Vastemoisa_vallakohus, lk 9
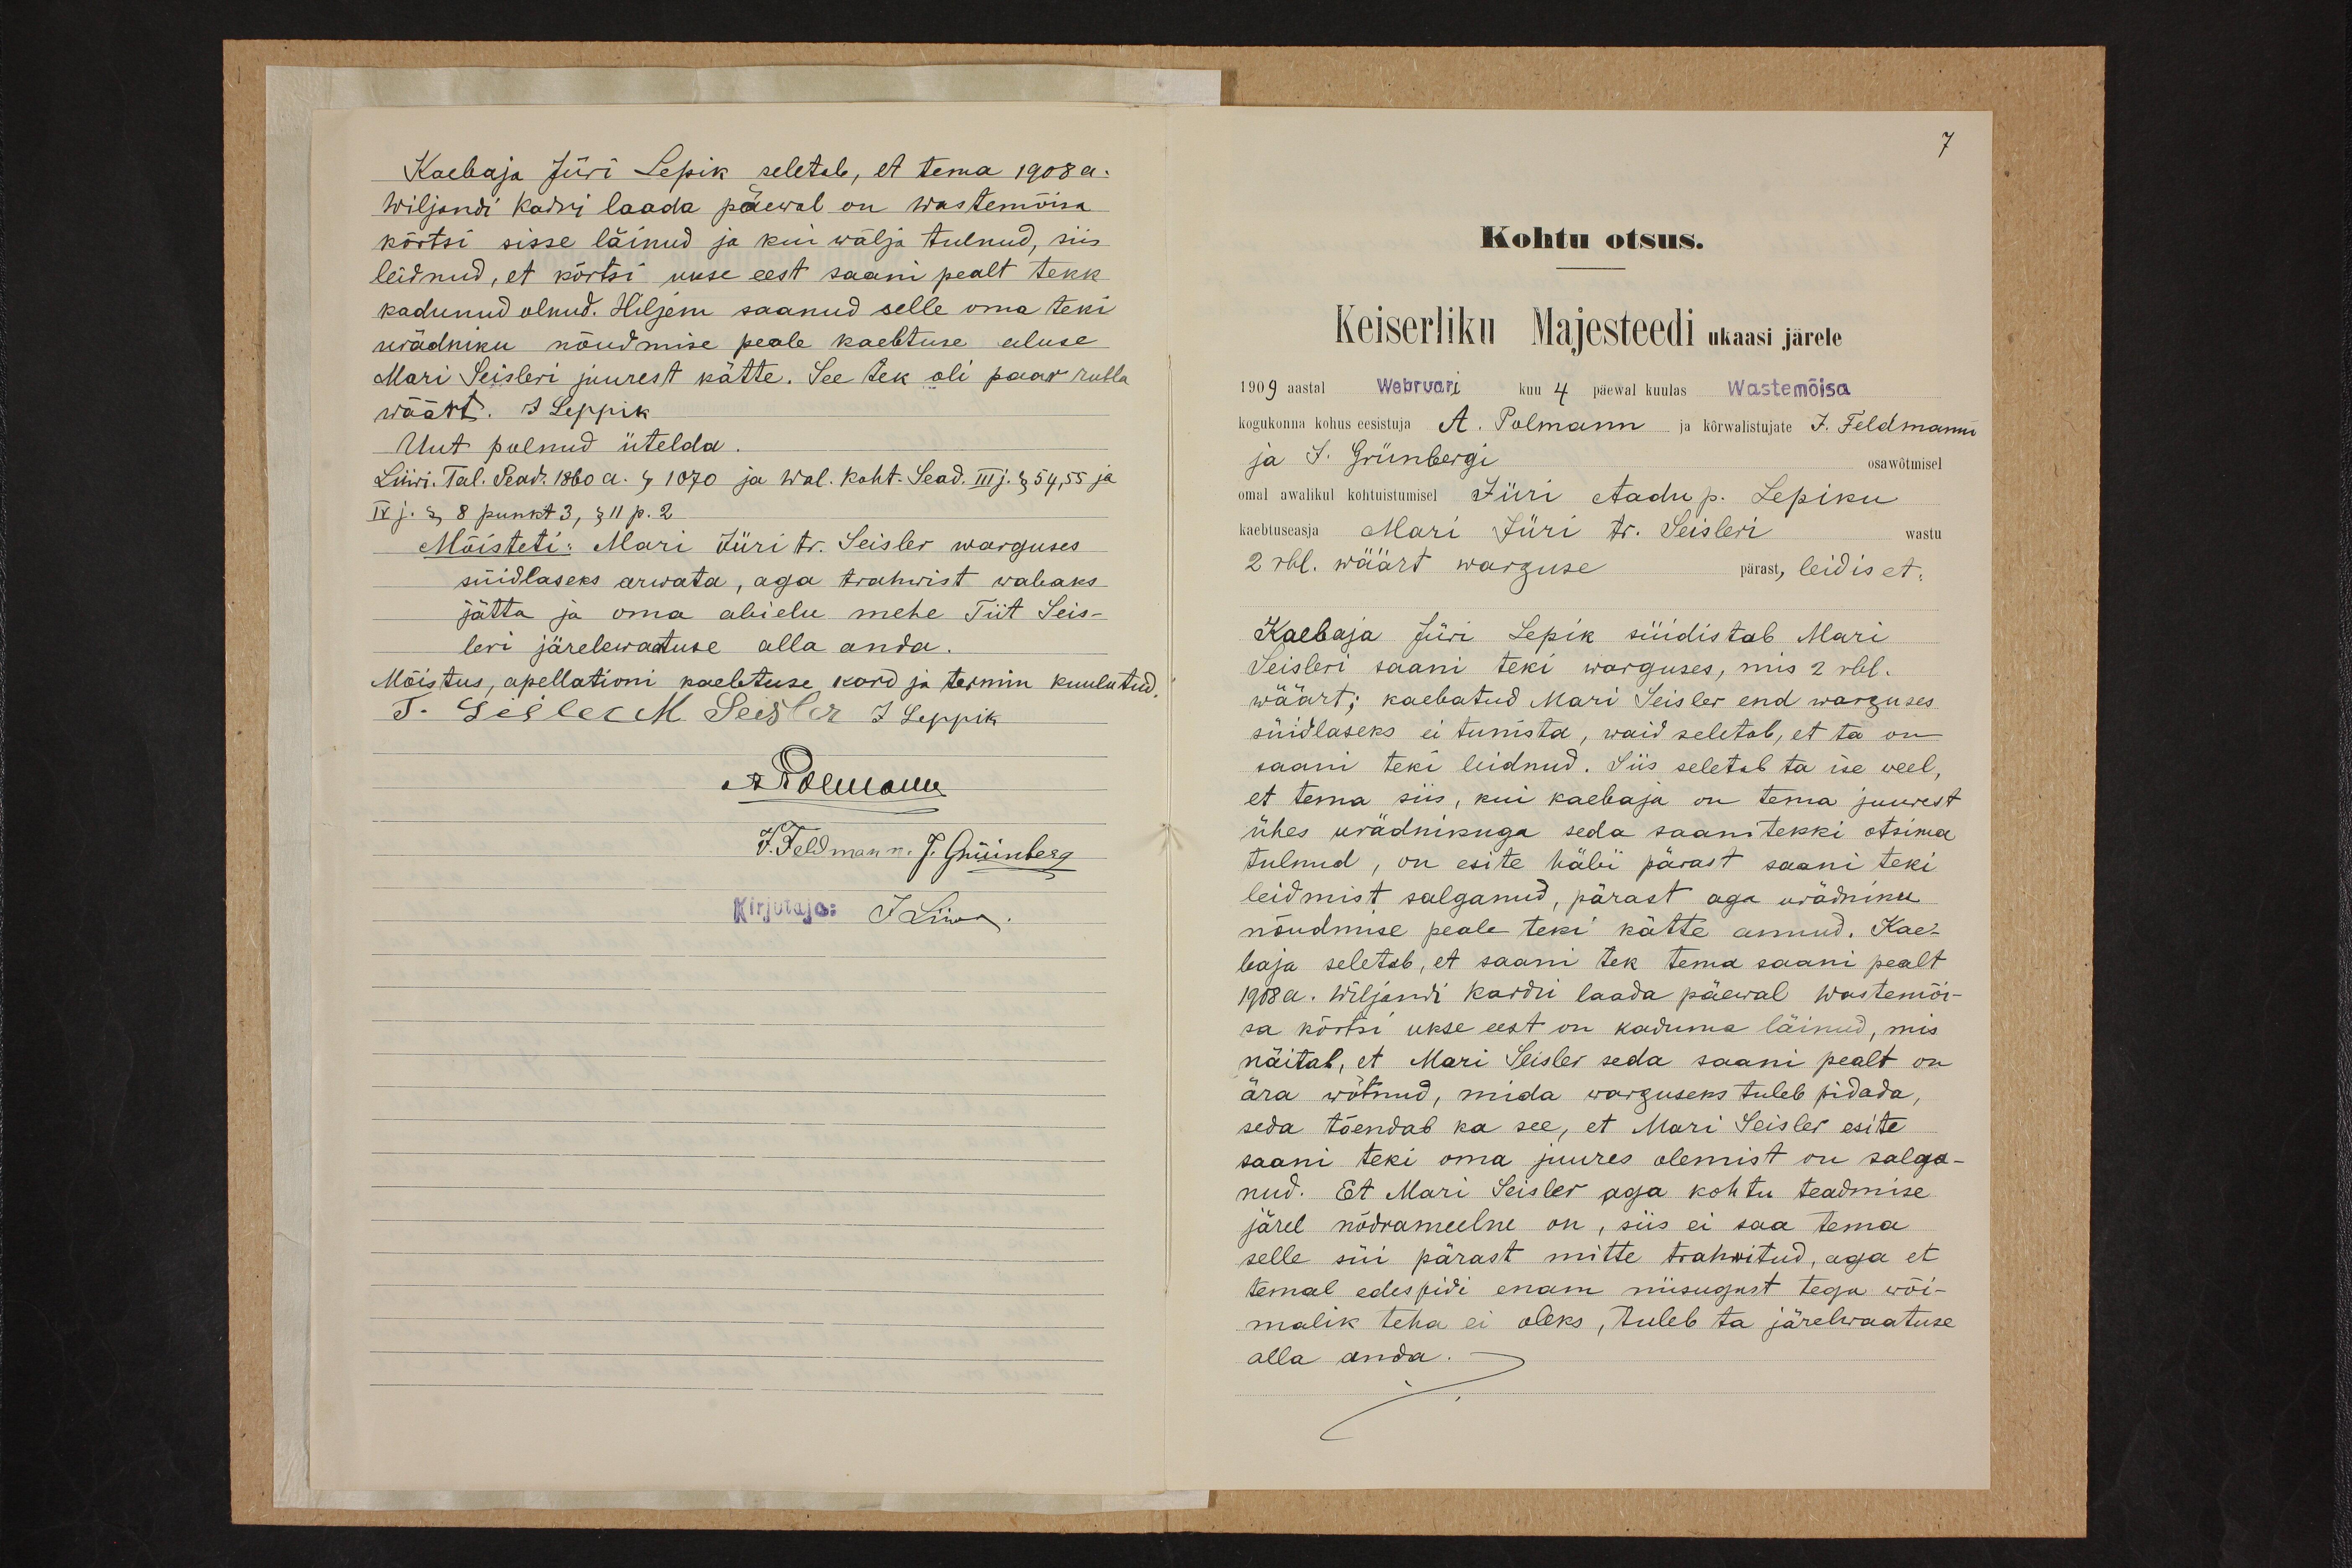
Kaebaja Jüri Lepik seletab, et tema 1908 a.
wiljandi Kadri laada päewal on Wastemõisa
kõrtsi sisse läinud ja kui wälja tulnud, siis
leidnud, et kõrtsi ukse eest saani pealt tekk
kadunud olnud. Hiljem saanud selle oma teki
urädniku nõudmise peale kaebtuse aluse
Mari Seisleri juurest kätte. See tek oli paar rubla
wäärt. J Leppik.
Uut polnud ütelda
Liiwi. Tal. Pead. 1860 a. §. 1070. ja Wal. Koht. Sead. IIIj. § 54, 55 ja
IV j. §. 8 punkt 3, § 11 p. 2
Mõisteti: Mari Jüri tr. Seisler warguses
süidlaseks arwata, aga trahwist wabaks
jätta ja oma abielu mehe Tiit Seis-
leri järelewaatuse alla anda.
Mõistus, apellationi kaebtuse kord ja termin kuulutud.
T Seisler M Seister J Leppik
APolmann
J. Feldmann J. Grüinberg
Kirjutaja: J Liiw.

7
Kohtu otsus.
Keiserliku Majesteedi ukaasi järele
1908 aastal Webruari kuu 4 päewal kuulas Wastemõisa
kogukonna kohus eesistuja A. Polmann ja kõrwalistujate J. Feldmanni
ja J. Grünbergi
osawõtmisel
omal awalikul kohtuistumisel Jüri Aadu p. Lepiku
kaebtuseasja Mari Jüri tr. Seisleri
wastu
2 rbl. wäärt warguse
pärast, leidis et:
Kaebaja Jüri Lepik süidistab Mari
Seisleri saani teki warguses, mis 2 rbl.
wäärt; kaebatud Mari Seisler end warguses
süidlaseks ei tunista, waid seletab, et ta on
saani teki leidnud. Siis seletab ta ise veel,
et tema siis, kui kaebaja on tema juurest
ühes urädnikuga seda saanitekki otsima
tulnud, on esite häbi pärast saani teki.
leidmist salganud, pärast aga urädniku
nõudmise peale teki kätte annud. Kae-
baja seletab, et saani tek tema saani pealt
1908a. Wiljandi Kardri laada päewal wastemõi-
sa kõrtsi ukse eest on kaduma läinud, mis
näitab, et Mari Seisler seda saani pealt on
ära wõtnud, mida warguseks tuleb pidada.
seda tõendab ka see, et Mari Seisler esite
saani teki oma juures olemist on salga-
nud. Et Mari Seisler aga kohtu teadmise
järel nõdrameelne on, siis ei saa tema
selle süi pärast mitte trahwitud, aga et
temal edaspidi enam niisugust tegu wõi-
malik teha ei oleks, tuleb ta järelwaatuse
alla anda